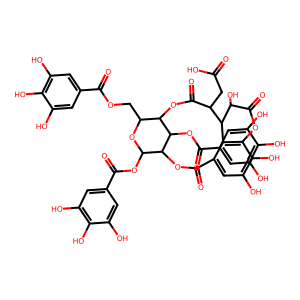
SMILES: O=C(O)CC1C(=O)OC2C(COC(=O)c3cc(O)c(O)c(O)c3)OC(OC(=O)c3cc(O)c(O)c(O)c3)C(OC(=O)c3cc(O)c(O)c4c3C1C(O)C(=O)O4)C2OC(=O)c1cc(O)c(O)c(O)c1
Inhibits HIV replication: Yes